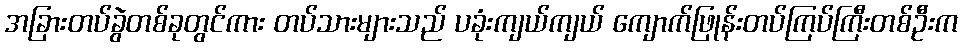
အခြားတပ်ခွဲတစ်ခုတွင်ကား တပ်သားများသည် ပခုံးကျယ်ကျယ် ကျောက်ဖြုန်းတပ်ကြပ်ကြီးတစ်ဦးက